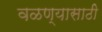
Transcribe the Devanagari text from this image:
वळण्यासाठी